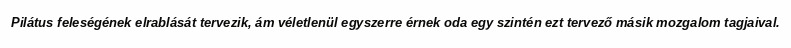
Pilátus feleségének elrablását tervezik, ám véletlenül egyszerre érnek oda egy szintén ezt tervező másik mozgalom tagjaival.